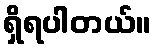
ရှိရပါတယ်။